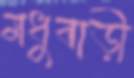
মধুবাড়ী